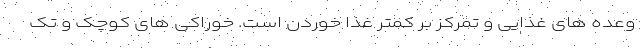
وعده های غذایی و تمرکز بر کمتر غذا خوردن است. خوراکی های کوچک و تک